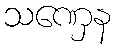
သဏှေန